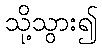
သို့သွား၍